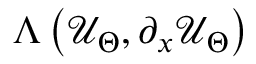
\Lambda \left( \mathcal { U } _ { \Theta } , \partial _ { x } \mathcal { U } _ { \Theta } \right)